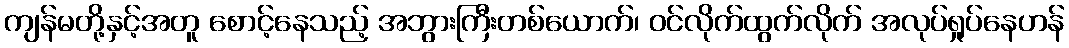
ကျန်မတို့နှင့်အတူ စောင့်နေသည့် အဘွားကြီးတစ်ယောက်၊ ဝင်လိုက်ထွက်လိုက် အလုပ်ရှုပ်နေဟန်